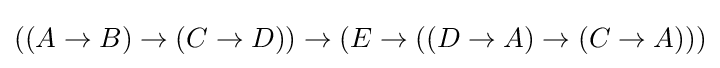
((A\to B)\to (C\to D))\to (E\to ((D\to A)\to (C\to A)))